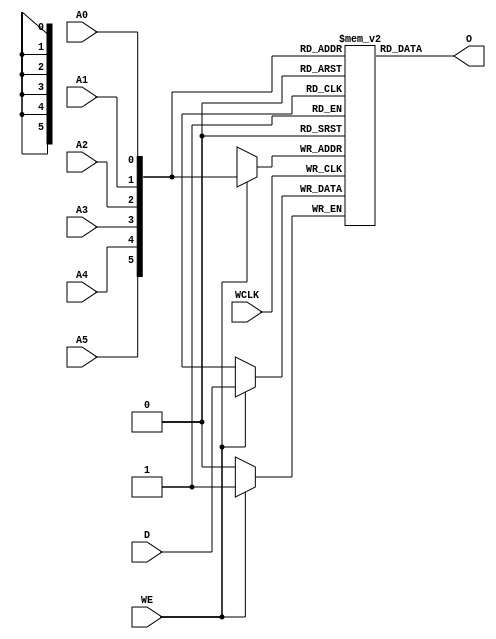
// $Header: /devl/xcs/repo/env/Databases/CAEInterfaces/verunilibs/s/RAM64X1S_1.v,v 1.8.22.2 2003/12/05 00:34:06 wloo Exp $

/*

FUNCTION	: 64x1 Static RAM with synchronous write capability

*/

`timescale  1 ps / 1 ps


module RAM64X1S_1 (O, A0, A1, A2, A3, A4, A5, D, WCLK, WE);

    parameter INIT = 64'h0000000000000000;

    output O;

    input  A0, A1, A2, A3, A4, A5, D, WCLK, WE;

    reg  mem [63:0];
    wire [5:0] adr;
    reg  [6:0] count;
    wire d_in, wclk_in, we_in;

    buf b_d    (d_in, D);
    buf b_wclk (wclk_in, WCLK);
    buf b_we   (we_in, WE);

    buf b_a5 (adr[5], A5);
    buf b_a4 (adr[4], A4);
    buf b_a3 (adr[3], A3);
    buf b_a2 (adr[2], A2);
    buf b_a1 (adr[1], A1);
    buf b_a0 (adr[0], A0);

    buf b_o (O, o_int);

    buf b_o_int (o_int, mem[adr]);

    initial begin
	for (count = 0; count < 64; count = count + 1)
	    mem[count] <= INIT[count];
    end

    always @(negedge wclk_in) begin
	if (we_in == 1'b1)
	    mem[adr] <= #100 d_in;
    end

    specify
	if (WE)
	    (WCLK => O) = (0, 0);

	(A5 => O) = (0, 0);
	(A4 => O) = (0, 0);
	(A3 => O) = (0, 0);
	(A2 => O) = (0, 0);
	(A1 => O) = (0, 0);
	(A0 => O) = (0, 0);
    endspecify

endmodule